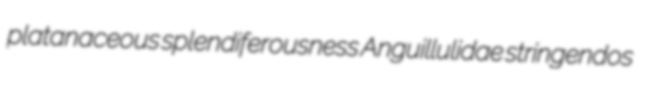
platanaceous splendiferousness Anguillulidae stringendos